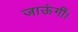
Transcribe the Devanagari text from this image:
जाऊंगीं।